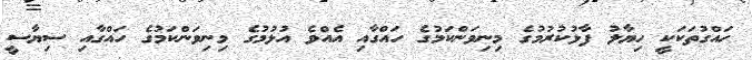
ހައްގުތަކަކީ ހިޔާލު ފާޅުކުރުމުގެ މިނިވަންކަމުގެ ހައްގާއި އެއްވެ އުޅުމުގެ މިނިވަންކަމުގެ ހައްގާއި ސިޔާސީ